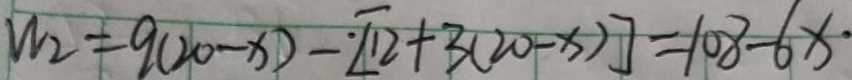
W _ { 2 } = 9 ( 2 0 - x ) - \cdot [ 1 2 + 3 ( 2 0 - x ) ] = 1 0 8 - 6 x \cdot